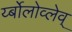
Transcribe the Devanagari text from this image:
र्य्बोलोव्लेव्